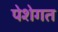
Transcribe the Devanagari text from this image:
पेशेगत